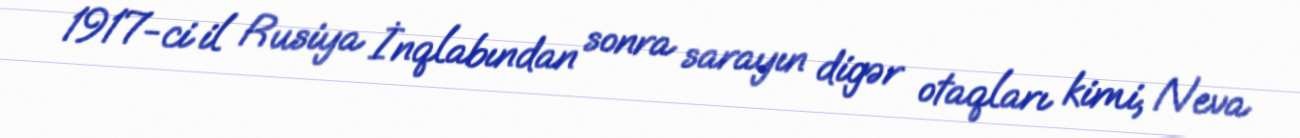
1917-ci il Rusiya İnqlabından sonra sarayın digər otaqları kimi, Neva